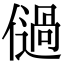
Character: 𠏀